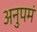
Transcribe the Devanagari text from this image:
अनुपमं